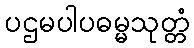
ပဌမပါပဓမ္မသုတ္တံ